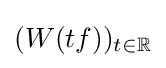
(W(tf))_{t\in \mathbb {R} }